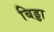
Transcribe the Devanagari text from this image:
बिड्डा